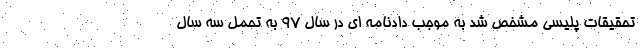
تحقیقات پلیسی مشخص شد به موجب دادنامه ای در سال ۹۷ به تحمل سه سال